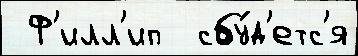
 Ф'илл'ип  сбу́д'етс'я